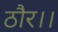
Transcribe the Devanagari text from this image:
ठौर।।